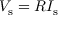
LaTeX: V _ { \mathrm { s } } = R I _ { \mathrm { s } } \,